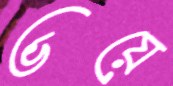
ভয়ে